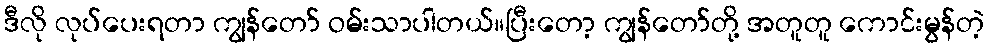
ဒီလို လုပ်ပေးရတာ ကျွန်တော် ဝမ်းသာပါတယ်။ပြီးတော့ ကျွန်တော်တို့ အတူတူ ကောင်းမွန်တဲ့